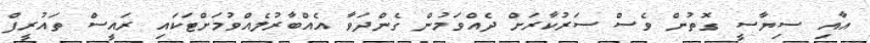
އާއި ސިޔާސީ ގޮތުން ވެސް ސަރުކާރަށް ދެއްވަމުން ގެންދަވާ އެއްބާރުލެއްވުމަށްޓަކައި ރައީސް ތައުރީފް